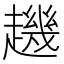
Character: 䟇